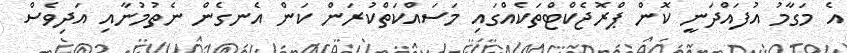
އެ މަގާމު އުފައްދަނީ ކޮން ޕްރޮޖެކްޓްތަކެއްގައި މަސައްކަތްކުރަން ކަން އެނގެން ނެތުމުނާއި އަދިވެސް